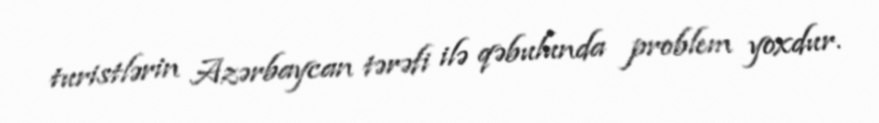
turistlərin Azərbaycan tərəfi ilə qəbulunda problem yoxdur.